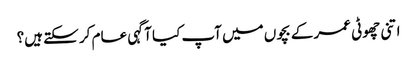
اتنی چھوٹی عمر کے بچوں میں آپ کیا آگہی عام کر سکتے ہیں؟